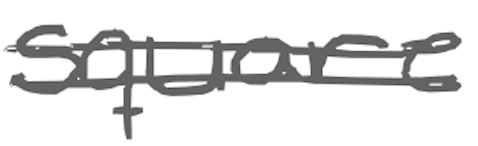
Text: square
Cross-out: double-line
Writing tool: digital_gray